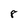
Character: 8